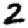
Digit: 2